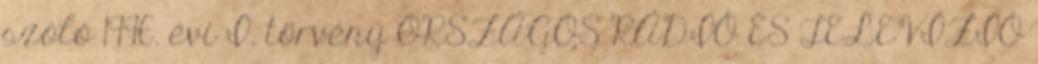
szóló 1996. évi I. törvény ORSZÁGOS RÁDIÓ ÉS TELEVÍZIÓ